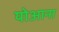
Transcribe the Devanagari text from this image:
योआना